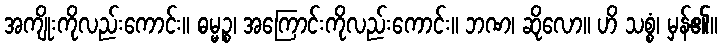
အကျိုးကိုလည်းကောင်း။ ဓမ္မဉ္စ၊ အကြောင်းကိုလည်းကောင်း။ ဘဏ၊ ဆိုလော။ ဟိ သစ္စံ၊ မှန်၏။